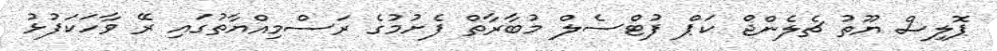
ޕޮލިސް ޔޫތު ޗެލެންޖް ކަޕް ފުޓްސެލް މުބާރާތް ފެށުމުގެ ރަސްމިއްޔާތުގައި ރޭ ވާހަކަފުޅު